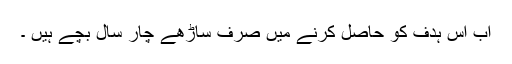
اب اس ہدف کو حاصل کرنے میں صرف ساڑھے چار سال بچے ہیں ۔